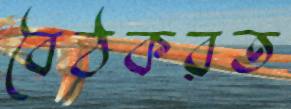
বৈঠকরত